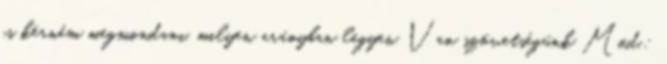
is kérném megmondani, milyen arányban legyen Van szövetségünk Mód.: